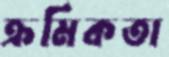
ক্রমিকতা